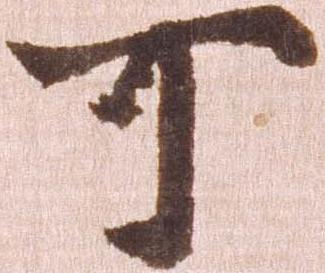
可